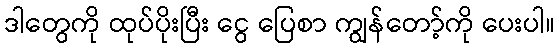
ဒါတွေကို ထုပ်ပိုးပြီး ငွေ ပြေစာ ကျွန်တော့်ကို ပေးပါ။